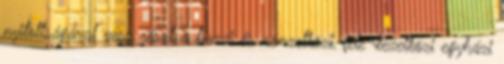
nyitottságával vesz részt a hazai és nemzetközi, fele¬kezetközi egyházi